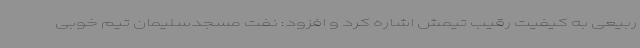
ربیعی به کیفیت رقیب تیمش اشاره کرد و افزود: نفت مسجدسلیمان تیم خوبی